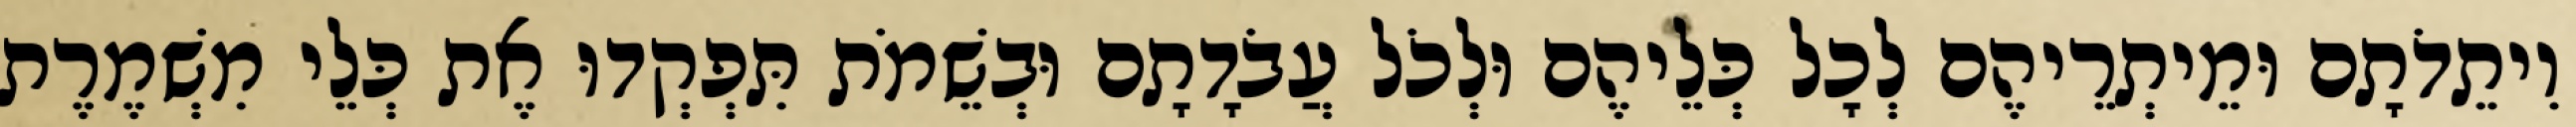
וִיתֵדֹתָם וּמֵיתְרֵיהֶם לְכָל כְּלֵיהֶם וּלְכֹל עֲבֹדָתָם וּבְשֵׁמֹת תִּפְקְדוּ אֶת כְּלֵי מִשְׁמֶרֶת